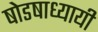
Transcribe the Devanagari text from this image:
षोडषाध्यायी